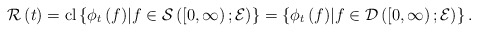
\begin{align*}\mathcal{R} \left( t \right) = \mathrm{cl} \left\lbrace \phi_{t} \left( f \right) \middle\vert f \in \mathcal{S} \left( \left[ 0,\infty \right) ; \mathcal{E} \right) \right\rbrace = \left\lbrace \phi_{t} \left( f \right) \middle\vert f \in \mathcal{D} \left( \left[ 0,\infty \right) ; \mathcal{E} \right) \right\rbrace.\end{align*}